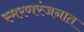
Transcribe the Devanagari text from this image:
स्मरणरंजनात